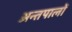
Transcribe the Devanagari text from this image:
अन्तपालों